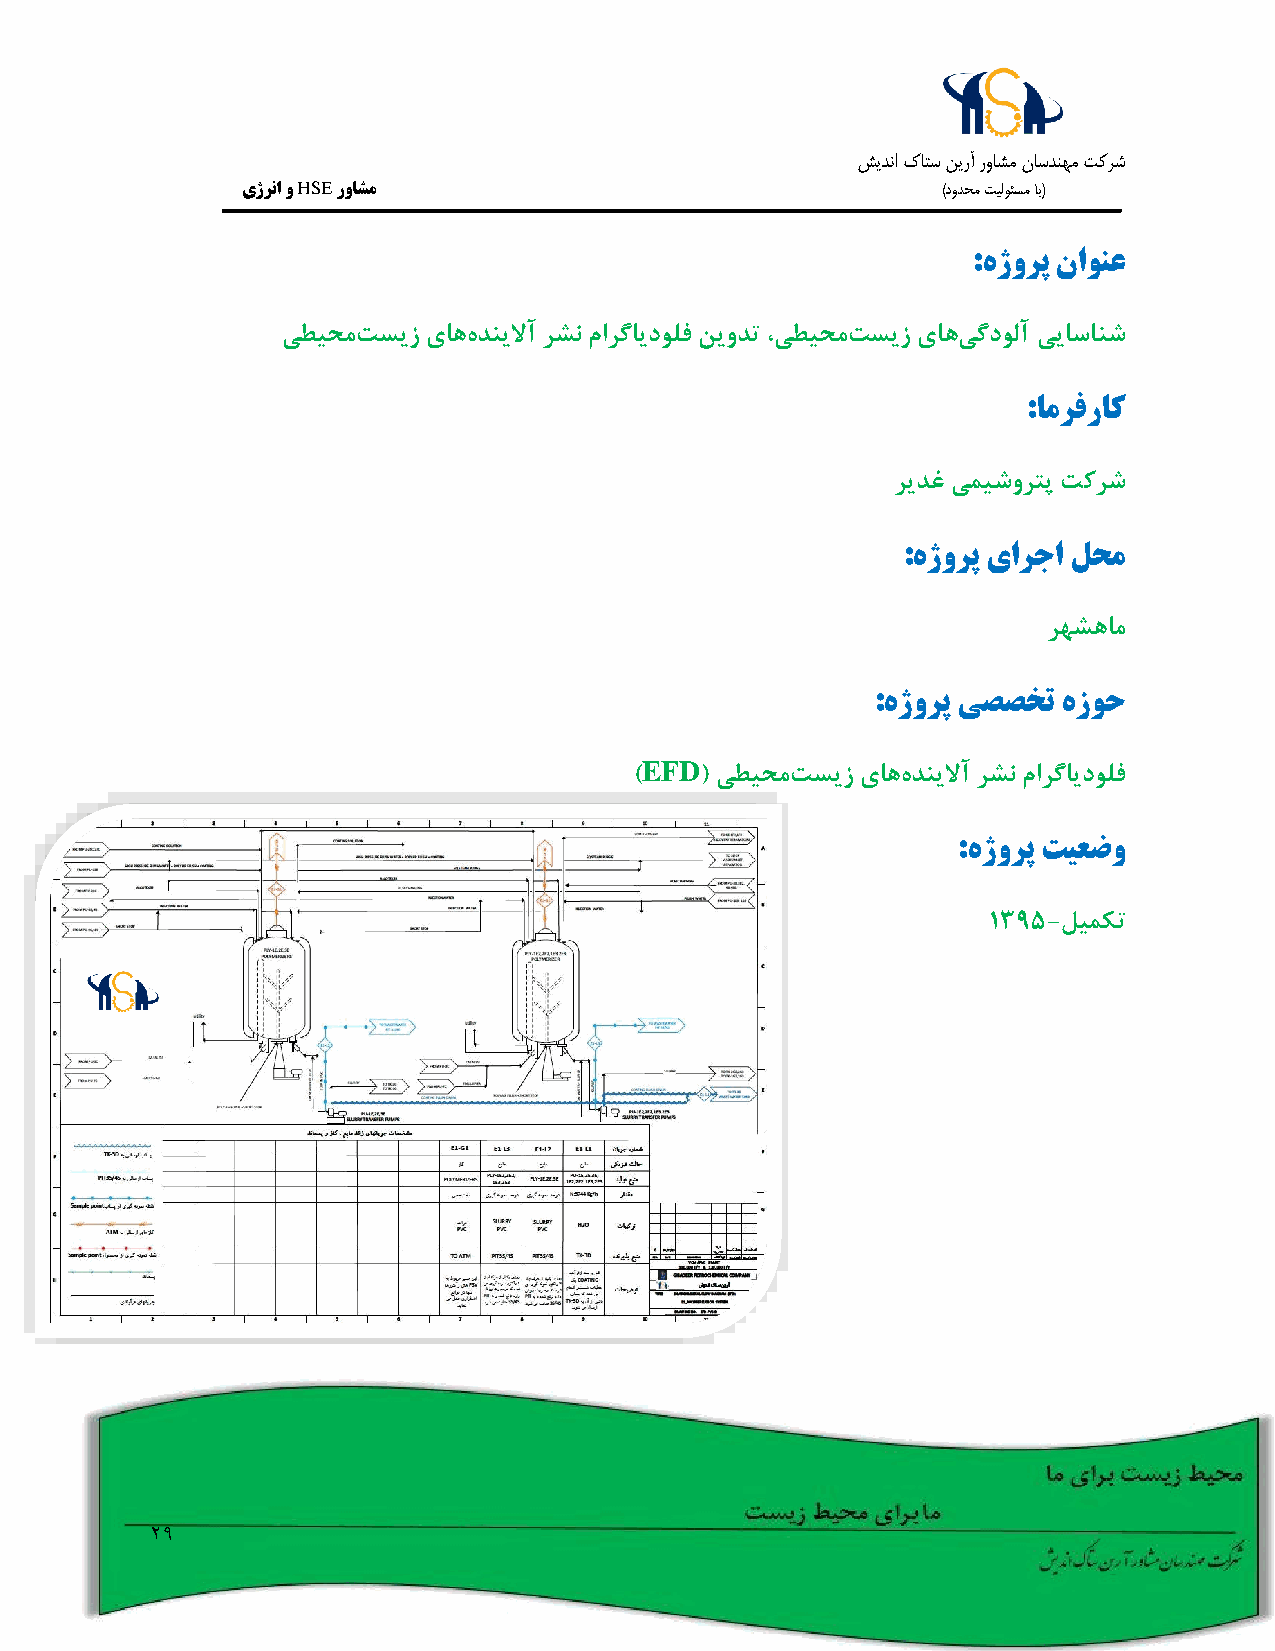
شيدنا كاتس نيرآ رواشم ناسدنهم تکرش
 یژرنا و HSE رواشم                             )دودحم تيلوئسم اب(
 :هژورپ ناونع
 یطیحمتسیز یاههدنیلاآ رشن مارگایدولف نیودت ،یطیحمتسیز یاهیگدولآ ییاسانش
 :امرفراک
 ریدغ یمیشورتپ تکرش
 :هژورپ یارجا لحم
 رهشهام
 :هژورپ یصصخت هزوح
 EFD
 )   ( یطیحمتسیز یاههدنیلاآ رشن مارگایدولف
 :هژورپ تیعضو
 1395-لیمکت
 29